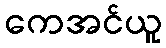
ကေအင်ယူ